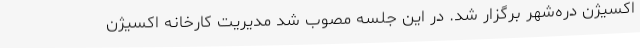
اکسیژن دره‌شهر برگزار شد. در این جلسه مصوب شد مدیریت کارخانه اکسیژن